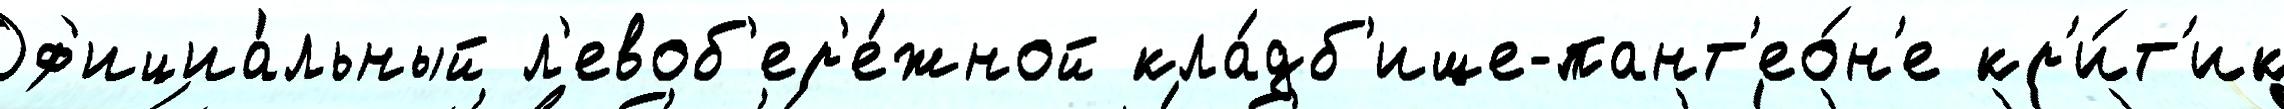
Оф'ициа́льный л'евоб'ер'е́жной кла́дб'ище-пант'ео́н'е кр'и́т'ик